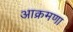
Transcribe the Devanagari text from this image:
आक्रमणा